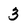
Character: 3